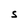
Character: S